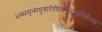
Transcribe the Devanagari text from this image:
भस्ममृन्मधुवारीणिमंत्रतस्तानिवैदश